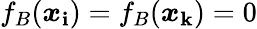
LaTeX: f_{B}(\boldsymbol{x}_{\mathbf{i}})=f_{B}(\boldsymbol{x}_{\mathbf{k}})=0